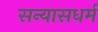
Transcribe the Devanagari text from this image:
सन्यासधर्म